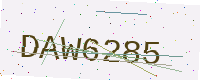
Text: DAW6285